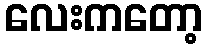
လေးကတော့